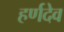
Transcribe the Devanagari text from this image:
हर्णदेव